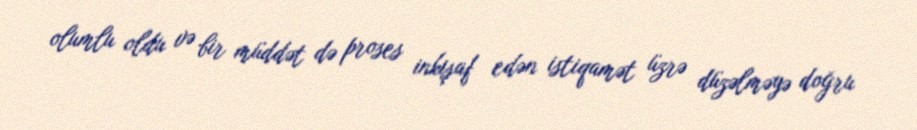
olumlu oldu və bir müddət də proses inkişaf edən istiqamət üzrə düzəlməyə doğru